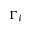
\Gamma _ { i }